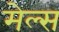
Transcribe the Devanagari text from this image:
मेल्स